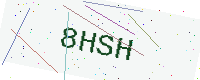
Text: 8HSH